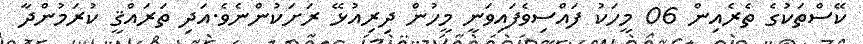
ކޭސްތަކުގެ ތެރެއިން 06 މީހަކު ފައްސިވެފައިވަނީ މީހުން ދިރިއުޅޭ ރަށަކުންނެވެ.އަދި ތަރައްޤީ ކުރަމުންދާ